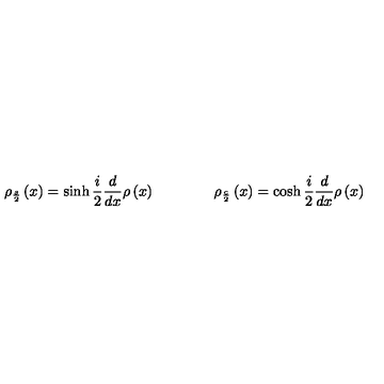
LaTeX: \rho _ { \frac { s } { 2 } } \left( x \right) = \sinh \frac { i } { 2 } \frac { d } { d x } \rho \left( x \right) \qquad \qquad \rho _ { \frac { c } { 2 } } \left( x \right) = \cosh \frac { i } { 2 } \frac { d } { d x } \rho \left( x \right)